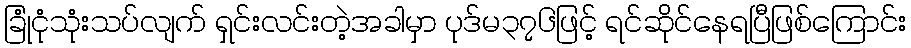
ခြုံငုံသုံးသပ်လျက် ရှင်းလင်းတဲ့အခါမှာ ပုဒ်မ၃၇၆ဖြင့် ရင်ဆိုင်နေရပြီဖြစ်ကြောင်း